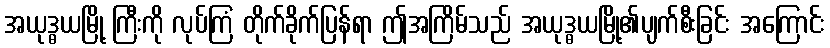
အယုဒ္ဓယမြို့ ကြီးကို လုပ်ကြံ တိုက်ခိုက်ပြန်ရာ ဤအကြိမ်သည် အယုဒ္ဓယမြို့၏ပျက်စီးခြင်း အကြောင်း